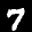
Label: 7